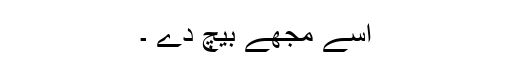
اسے مجھے بیچ دے ۔